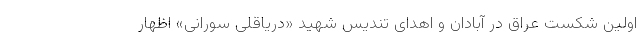
اولین شکست عراق در آبادان و اهدای تندیس شهید «دریاقلی سورانی» اظهار